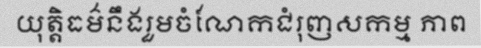
យុត្តិធម៌នឹងរួមចំណែកជំរុញសកម្ម ភាព